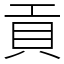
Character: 貢